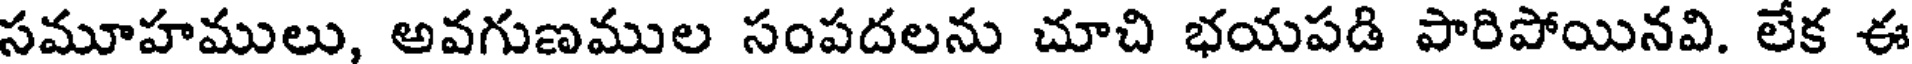
సమూహములు, అవగుణముల సంపదలను చూచి భయపడి పారిపోయినవి. లేక ఈ